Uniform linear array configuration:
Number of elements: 12
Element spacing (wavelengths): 0.25
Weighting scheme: blackman
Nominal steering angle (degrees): -45
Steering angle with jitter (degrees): -43.937
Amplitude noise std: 0.05
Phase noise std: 0.05

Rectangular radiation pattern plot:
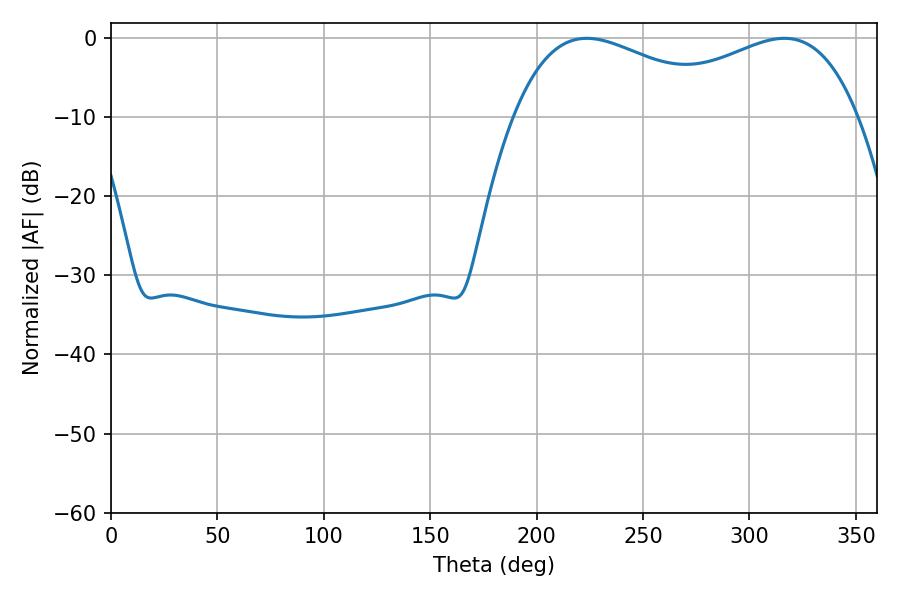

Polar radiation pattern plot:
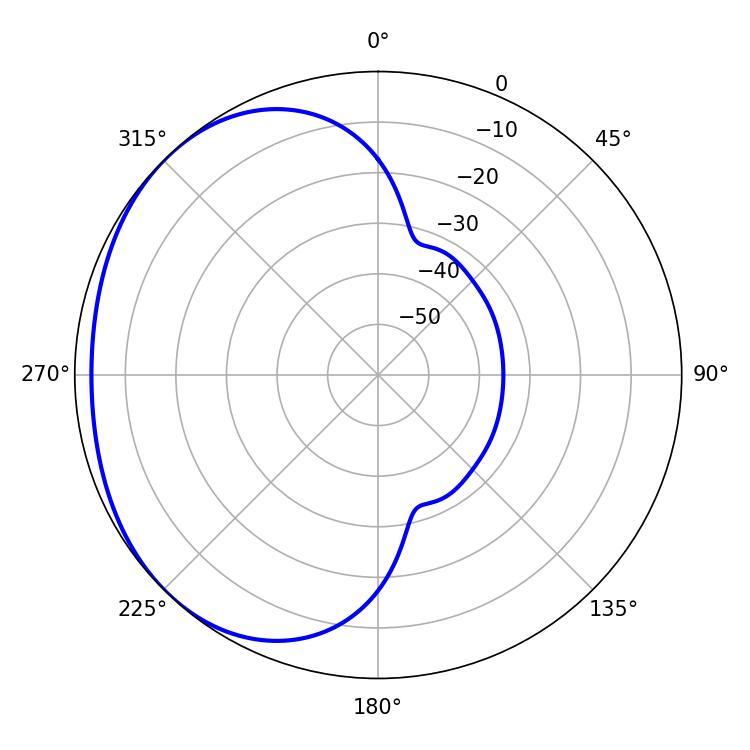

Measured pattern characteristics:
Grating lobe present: FALSE
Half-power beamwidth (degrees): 57.42
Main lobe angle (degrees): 223.56